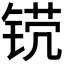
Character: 𬭒